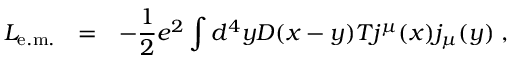
{ \cal L } _ { \mathrm { e . m . } } ~ ~ = ~ ~ - { \frac { 1 } { 2 } } e ^ { 2 } \int d ^ { 4 } y D ( x - y ) T j ^ { \mu } ( x ) j _ { \mu } ( y ) \; ,